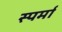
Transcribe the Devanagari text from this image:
स्पर्मा